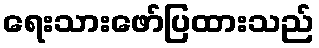
ရေးသားဖော်ပြထားသည်